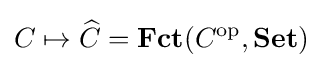
C\mapsto {\widehat {C}}=\mathbf {Fct} (C^{\text{op}},\mathbf {Set} )